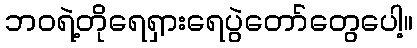
ဘဝရဲ့တိုရေရှားရေပွဲတော်တွေပေါ့။